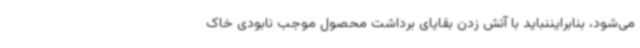
می‌شود، بنابرایننباید با آتش زدن بقایای برداشت محصول موجب نابودی خاک